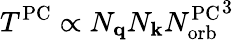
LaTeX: T^{\mathrm{PC}}\propto N_{\mathbf{q}}N_{\mathbf{k}}{N_{\mathrm{orb}}^{\mathrm{PC}}}^{3}